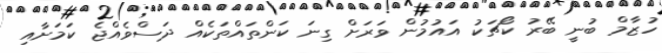
ހުޒާމް ބުނީ ބޭރު ކޯޗަކު އައުމުން ވަރަށް ގިނަ ކަންތައްތަކެއް ދަސްވެއްޖެ ކަމަށާއި